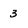
Character: 3